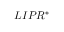
L I P R ^ { * }